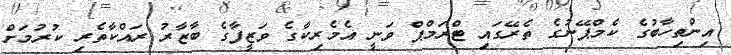
އިންތިހާބުގެ ކެމްޕޭނުގެ ތެރޭގައި ޓްރަމްޕް ވަނީ އެމެރިކާގެ ވަޒީފާގެ ބާޒާރު ރައްކާތެރި ކުރުމަށް